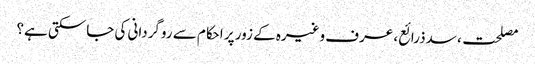
مصلحت، سدذرائع، عرف وغیرہ کے زور پر احکام سے روگردانی کی جاسکتی ہے؟